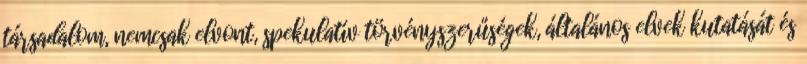
társadalom, nemcsak elvont, spekulatív törvényszerűségek, általános elvek kutatását és